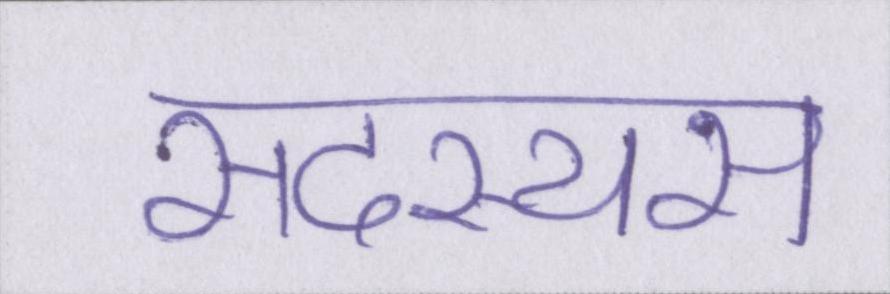
सदस्यस